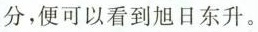
分，便可以看到旭日东升。